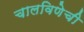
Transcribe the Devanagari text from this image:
चालविणेची